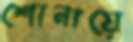
শোনায়ে